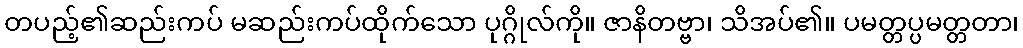
တပည့်၏ဆည်းကပ် မဆည်းကပ်ထိုက်သော ပုဂ္ဂိုလ်ကို။ ဇာနိတဗ္ဗာ၊ သိအပ်၏။ ပမတ္တပ္ပမတ္တတာ၊